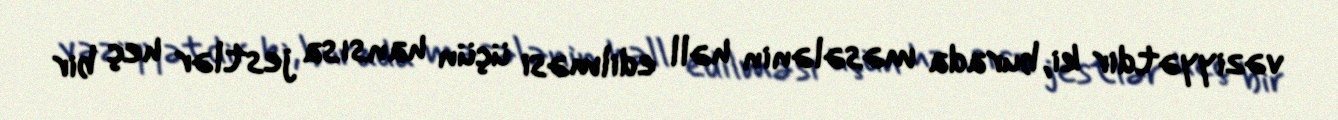
vəziyyətdir ki, burada məsələnin həll edilməsi üçün hansısa jestlər heç bir